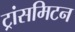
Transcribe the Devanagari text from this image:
ट्रांसमिटन